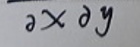
$\overline{\partial x \partial y}$